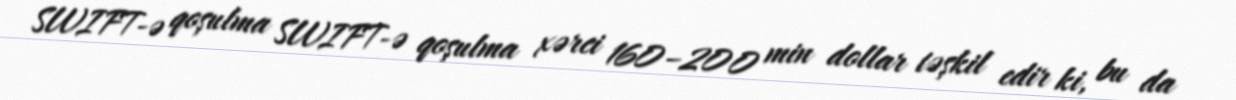
SWIFT-ə qoşulma SWIFT-ə qoşulma xərci 160–200 min dollar təşkil edir ki, bu da